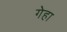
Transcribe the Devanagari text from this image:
गेहा